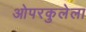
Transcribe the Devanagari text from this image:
ओपरकुलेला